NAE_ERA_R-1665_Eesti_Kunstnike_Liit, lk 34
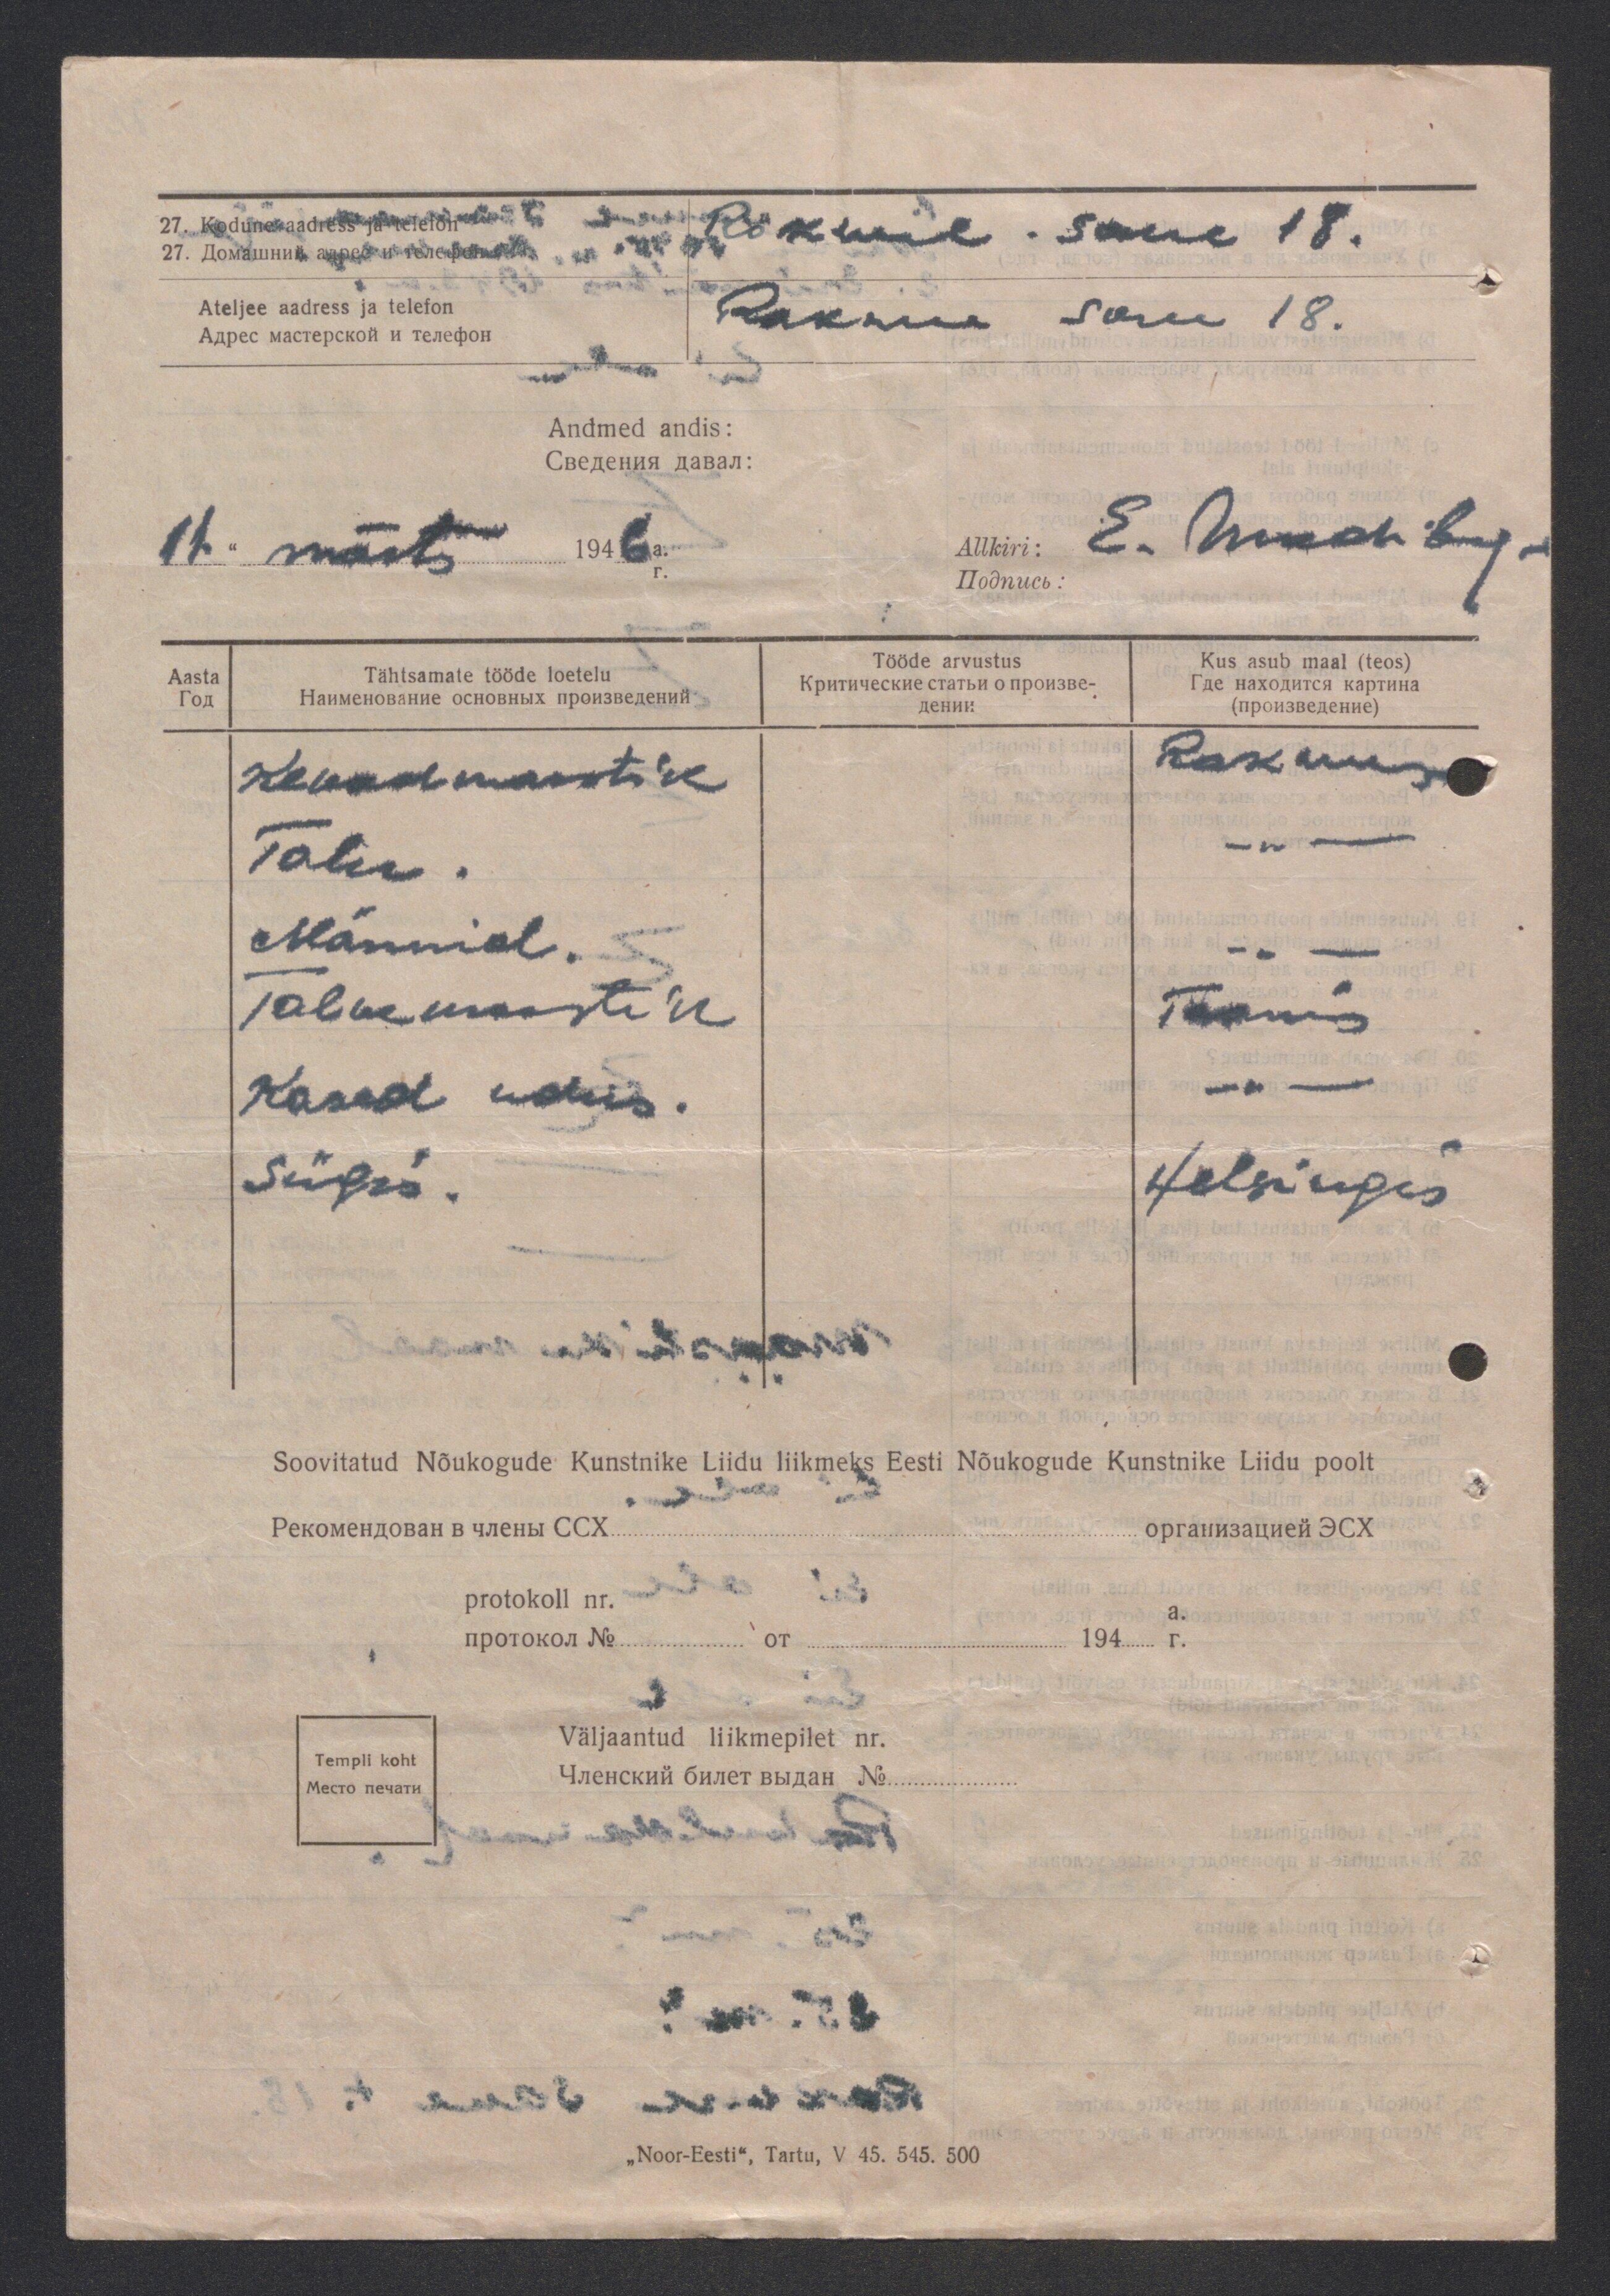
27. Kodune aadress ja telefon Rakvere Saue 18.
Ateljee aadress ja telefon
Rakvere Saue 18.
Andmed andis:
11 " märts 1946a.
Allkiri:
Aasta
Tähtsamate tööde loetelu
Tööde arvustus
Kus asub maal (teos)
Kevadmaastik
Talu.
Männid.
Talvemaastik
Kased udus.
Sügis.
Rakveres
- ,, -
- ,, -
Taanis
- ,, -
Helsingis
Soovitatud Nõukogude Kunstnike Liidu liikmeks Eesti Nõukogude Kunstnike Liidu poolt
protokoll nr.
Väljaantud liikmepilet nr.
Templi koht
„Noor-Eesti", Tartu, V 45. 545. 500